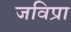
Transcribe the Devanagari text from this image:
जविप्रा